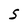
Character: S